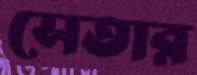
সেতার